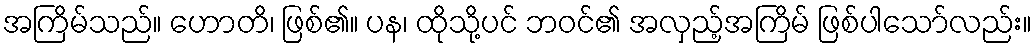
အကြိမ်သည်။ ဟောတိ၊ ဖြစ်၏။ ပန၊ ထိုသို့ပင် ဘဝင်၏ အလှည့်အကြိမ် ဖြစ်ပါသော်လည်း။